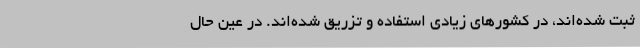
ثبت شده‌اند، در کشورهای زیادی استفاده و تزریق شده‌اند. در عین حال